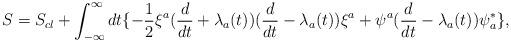
LaTeX: \begin{align*}S=S_{cl}+ \int _{-\infty}^{\infty} dt\{-{1 \over 2}\xi^{a}({d \over dt}+\lambda _{a}(t))({d \over dt}-\lambda _{a}(t))\xi^{a}+\psi ^{a}({d \over dt}-\lambda _{a}(t))\psi _{a}^{*}\},\end{align*}